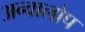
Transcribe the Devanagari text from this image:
अन्वालोप